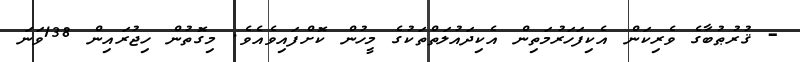
- ޤުރުޠުބާގެ ވެރިކަން އެކިފަހަރުމަތިން އެކިދައުލަތްތަކުގެ މީހުން ކޮށްފައިވެއެވެ. މިގޮތުން ހިޖުރައިން 138ވަނަ